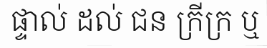
ផ្ទាល់ ដល់ ជន ក្រីក្រ ឬ